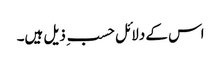
اس کے دلائل حسب ِ ذیل ہیں۔